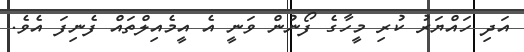
އަދި ހައްޔަރު ކުރި މީހާގެ ފޯނުން ވަނީ އެ އީމެއިލްތައް ފެނިފަ އެވެ.